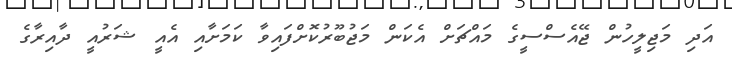
އަދި މަޖިލީހުން ޖޭއެސްސީގެ މައްޗަށް އެކަން މަޖުބޫރުކޮށްފައިވާ ކަމަށާއި އެއީ ޝަރުއީ ދާއިރާގެ